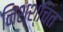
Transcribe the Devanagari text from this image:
निश्श्चित